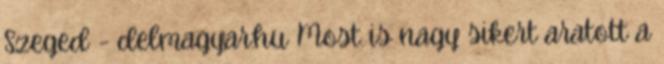
Szeged - delmagyar.hu Most is nagy sikert aratott a